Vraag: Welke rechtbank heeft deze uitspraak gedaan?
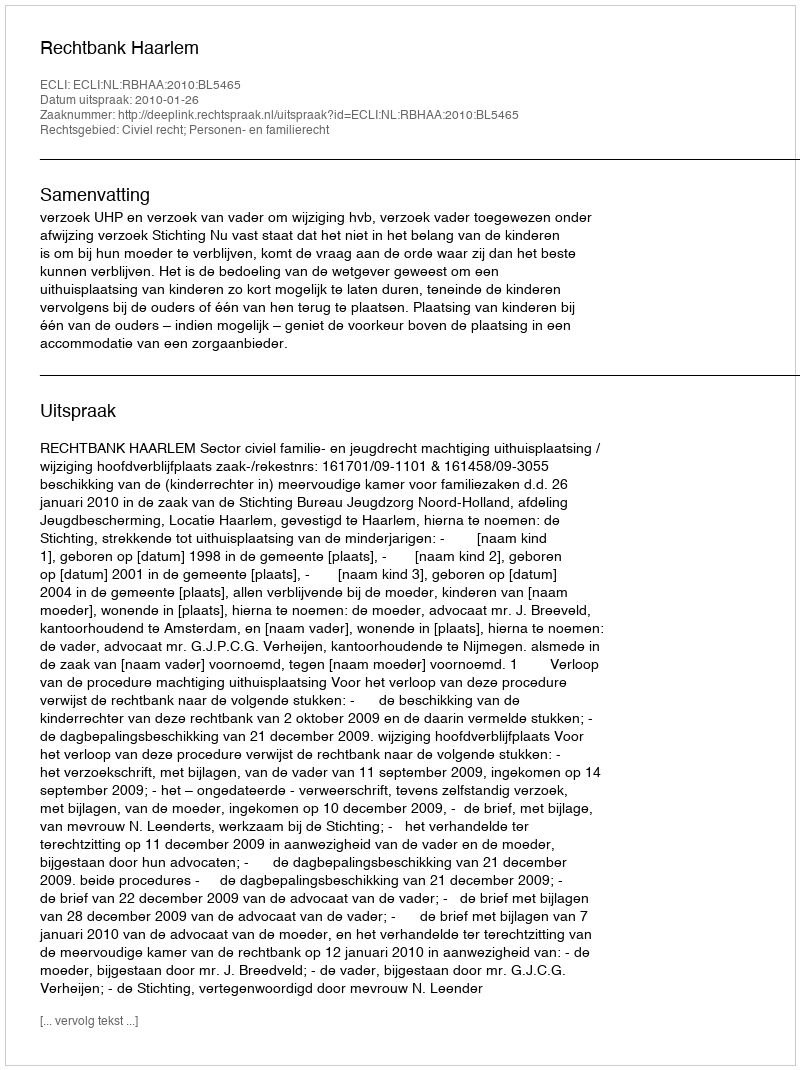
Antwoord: Rechtbank Haarlem